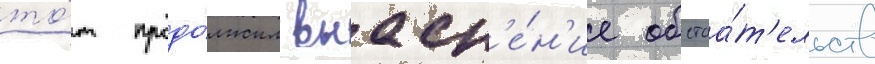
то́т продо́лжил выасн'е́н'ие обстоа́т'ельств